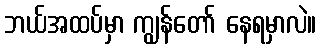
ဘယ်အထပ်မှာ ကျွန်တော် နေရမှာလဲ။